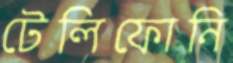
টেলিফোনি